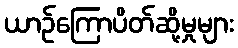
ယာဉ်ကြောပိတ်ဆို့မှုများ